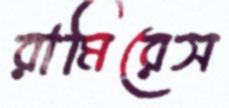
রামিরেস